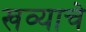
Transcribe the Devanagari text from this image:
खव्याचे